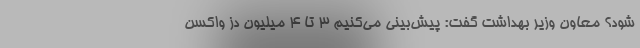
شود؟ معاون وزیر بهداشت گفت: پیش‌بینی می‌کنیم ۳ تا ۴ میلیون دُز واکسن